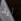
ايد